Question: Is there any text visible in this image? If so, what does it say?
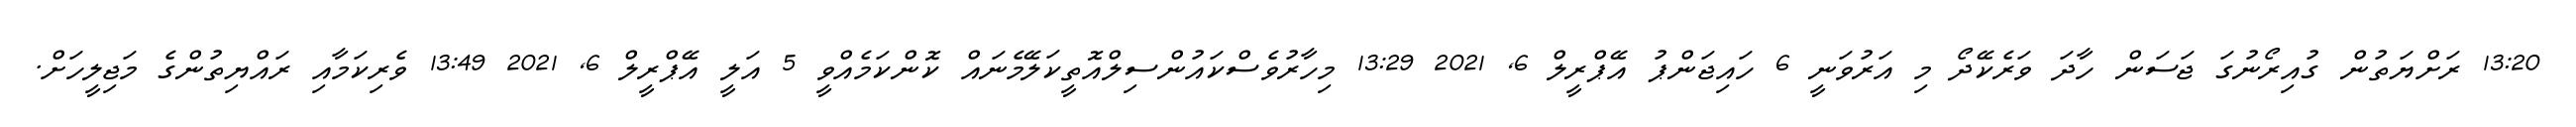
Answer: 13:20 ރަށްޔަތުން ގުއިރޯނުގަ ޖަސަން ހާދަ ވަރެކޭދޯ މި އަރުވަނީ 6 ހައިޖަންޕު އޭޕްރީލް 6, 2021 13:29 މިހާރުވެސްކައުންސިލްއޮތީކަލޭމެނައް ކޮންކަމެއްވީ 5 އަލީ އޭޕްރީލް 6, 2021 13:49 ވެރިކަމާއި ރައްޔިތުންގެ މަޖިލީހަށް.